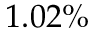
1 . 0 2 \%